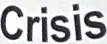
Crisis